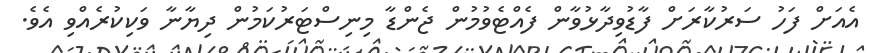
އެއަށް ފަހު ސަރުކާރަށް ފާޑުވިދާޅުވާން ފެއްޓެވުމުން ޖެންޑާ މިނިސްޓަރުކަމުން ދިޔާނާ ވަކިކުރެއްވި އެވެ.